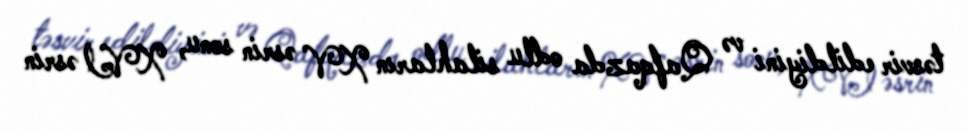
təsvir edildiyini və Qafqazda odlu silahların XV əsrin sonu, XVI əsrin